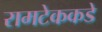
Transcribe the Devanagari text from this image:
रामटेककडे